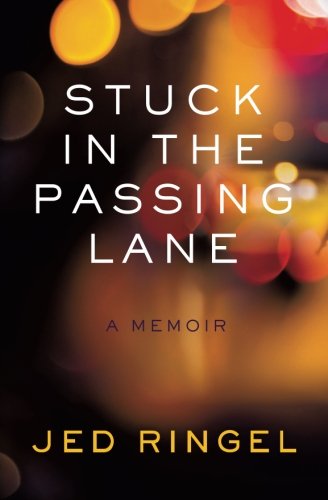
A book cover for Stuck in the Passing Lane: A Memoir; Jed Ringel; Self-Help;